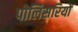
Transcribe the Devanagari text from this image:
पोलिसरियों